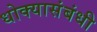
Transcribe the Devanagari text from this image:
धोक्यासंबंधी